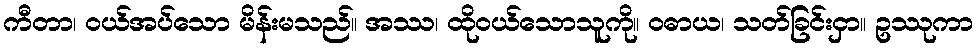
ကီတာ၊ ဝယ်အပ်သော မိန်းမသည်။ အဿ၊ ထိုဝယ်သောသူကို။ ဝဓာယ၊ သတ်ခြင်းငှာ။ ဥဿုကာ